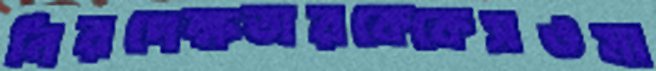
নিরপেক্ষতারকেকেসওমা